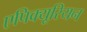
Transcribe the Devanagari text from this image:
एपिक्यूरियन